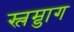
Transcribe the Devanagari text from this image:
स्लम्डाग